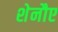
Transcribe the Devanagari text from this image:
शेनौए